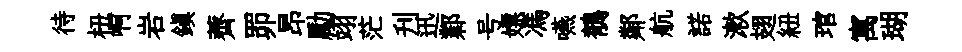
待杻啊岩鎭薺𦊑昂勵翊茫刋迅鄴号嫖馮嚥鶺鄰航諾漱翅紐琯寓瑚